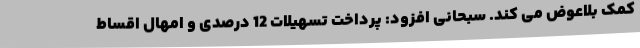
کمک بلاعوض می کند. سبحانی افزود: پرداخت تسهیلات 12 درصدی و امهال اقساط